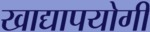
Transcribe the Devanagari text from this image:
खाद्यापयोगी